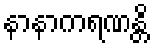
နာနာကရဏန္တိ